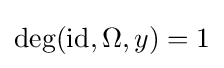
\deg(\operatorname {id} ,\Omega ,y)=1